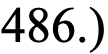
486.)